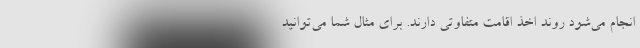
انجام می‌شود روند اخذ اقامت متفاوتی دارند. برای مثال شما می‌توانید